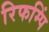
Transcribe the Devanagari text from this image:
रिफम्पिं